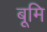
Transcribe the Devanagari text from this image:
बूमि